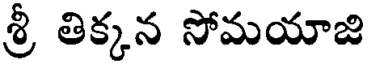
శ్రీ తిక్కన సోమయాజి